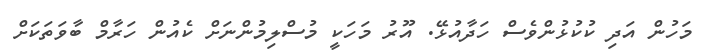
މަހުން އަދި ކުކުޅުންވެސް ހަދާއުޅޭ. އޫރު މަހަކީ މުސްލިމުންނަށް ކެއުން ހަރާމް ބާވަތަކަށް